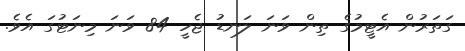
ގަތަރުން އެޓީމުގެ ތިން ވަނަ ލަނޑު ޖެހީ 84 ވަނަ މިނަޓުގަ އެވެ.